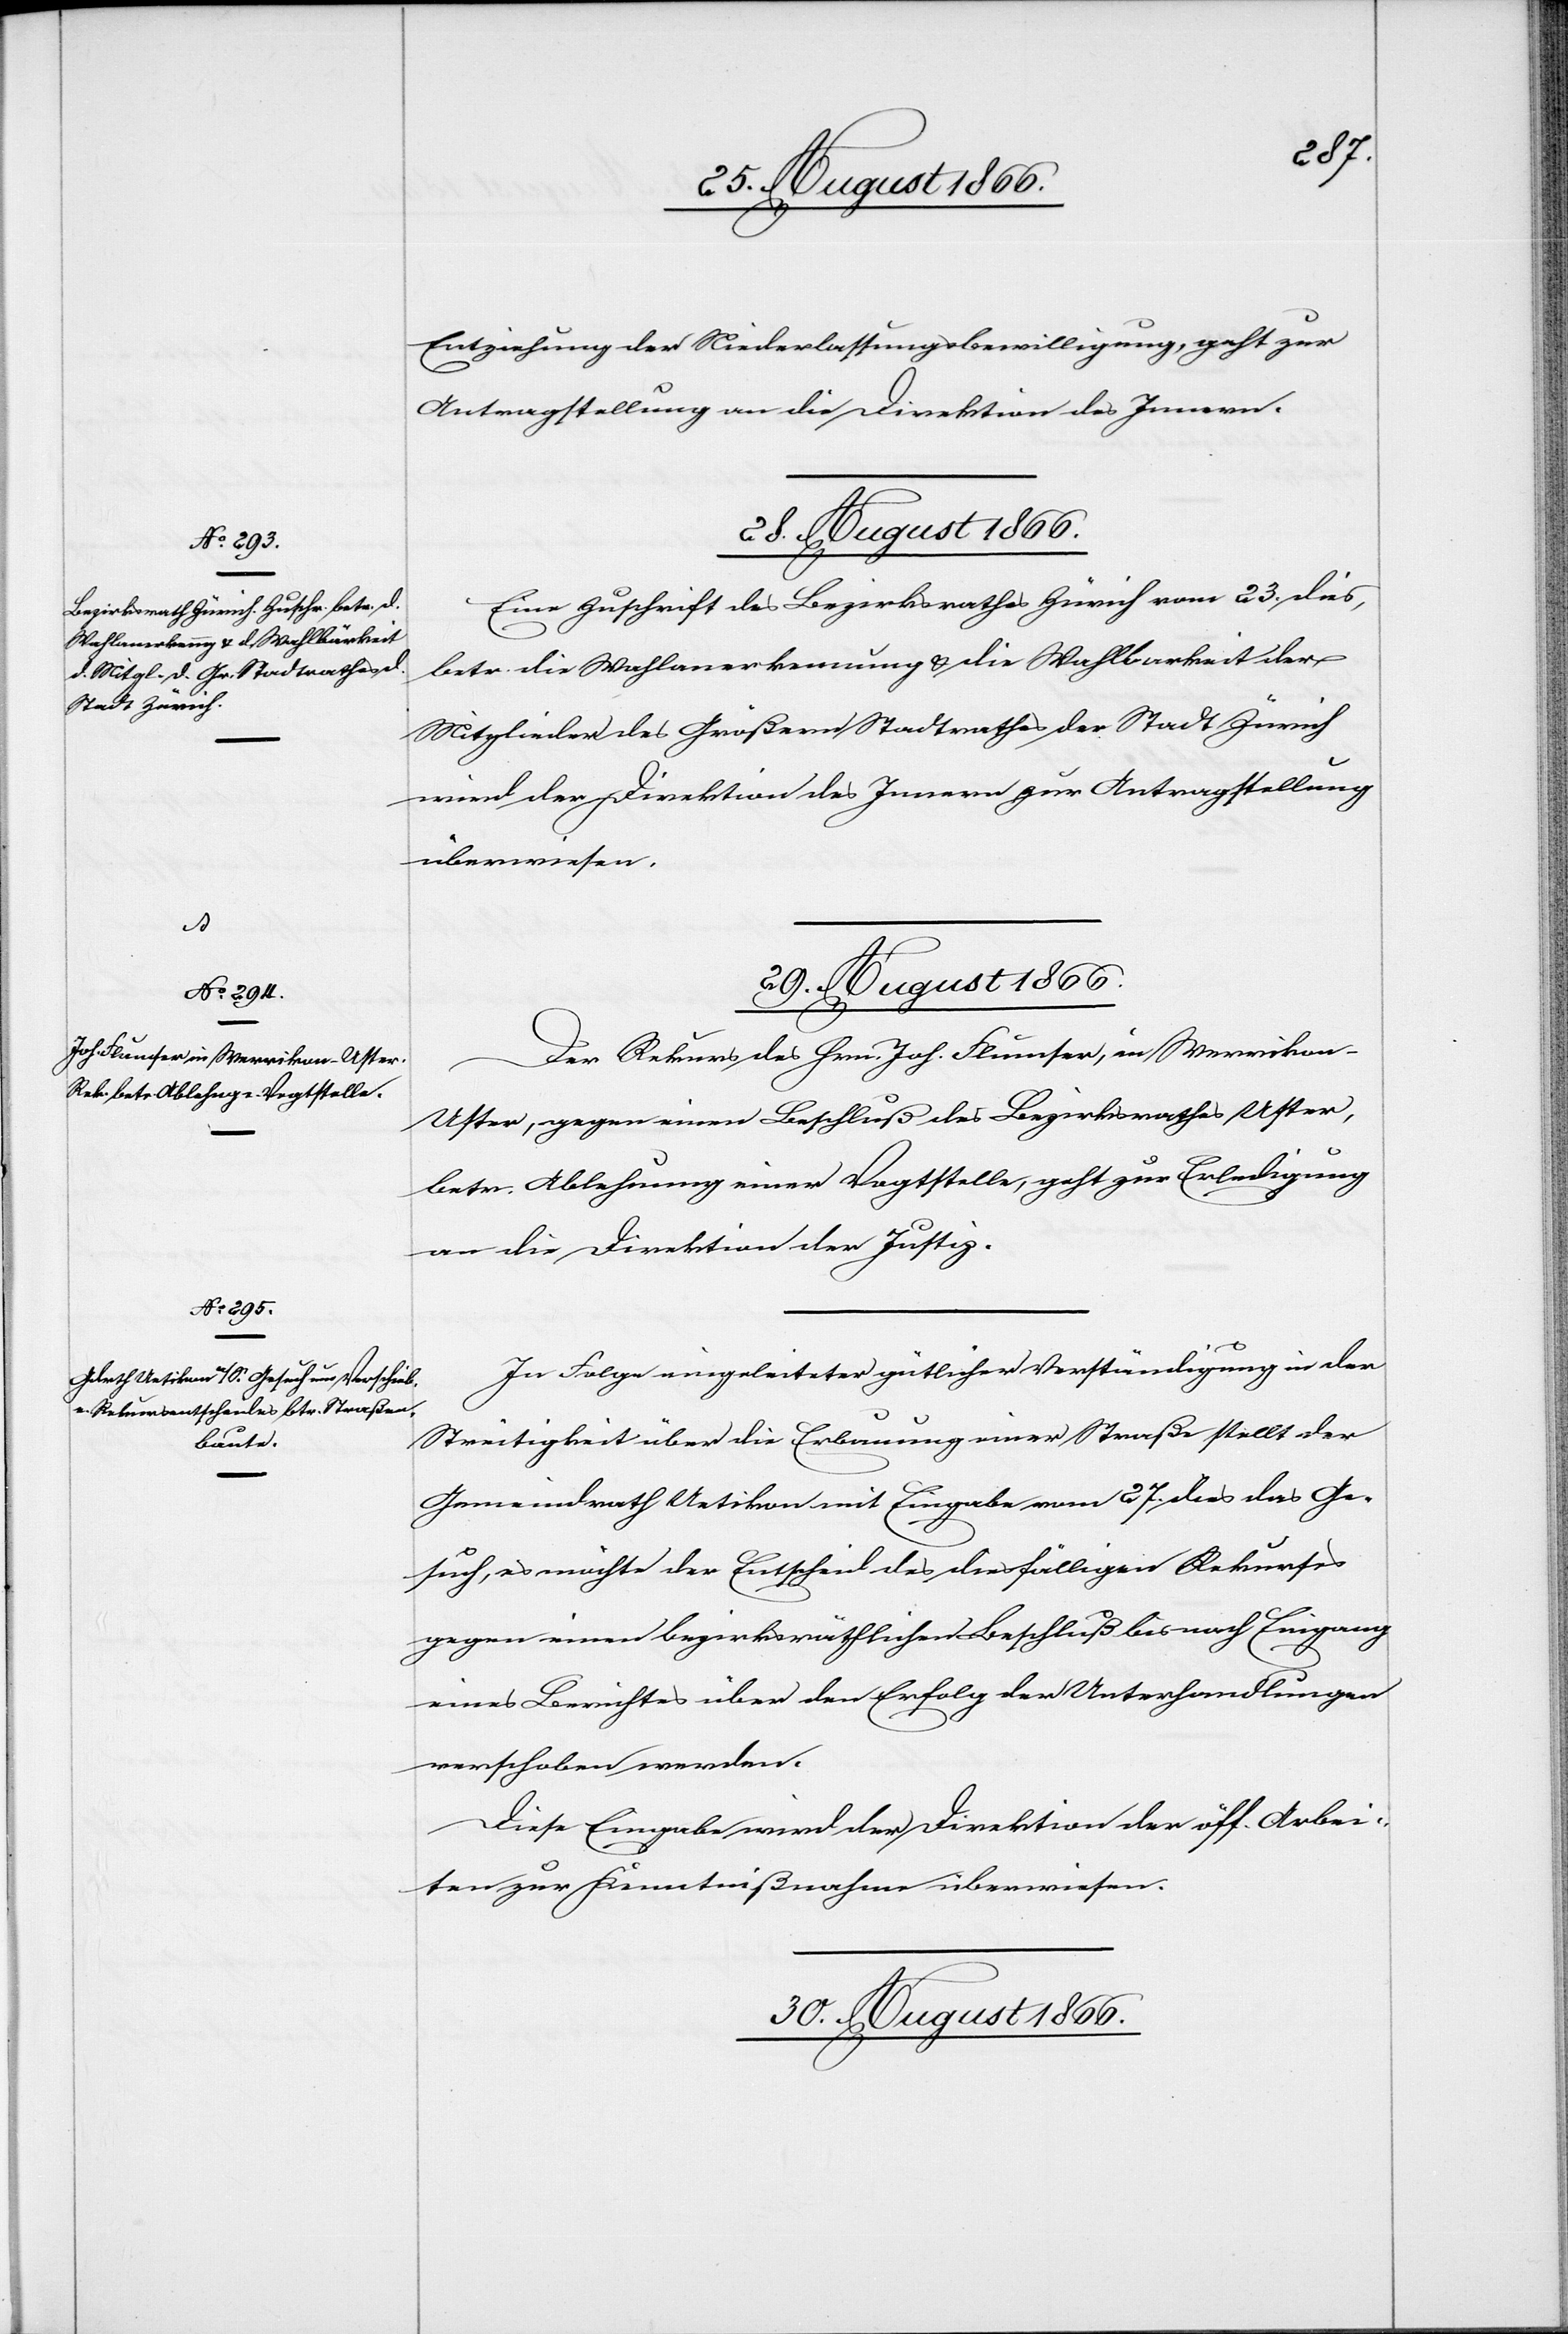
Entziehung der Niederlassungsbewilligung, geht zur
Antragstellung an die Direktion des Innern.
29. August 1866.]
Eine Zuschrift des Bezirksrathes Zürich vom 23. dies
betr. die Wahlanerkennung u. die Wahlbarkeit der
Mitglieder des Größern Stadtrathes der Stadt Zürich
wird der Direktion des Innern zur Antragstellung
überwiesen.
Der Rekurs des Hrn. Joh. Flunser, in Werrikon-U¬
ster, gegen einen Beschluß des Bezirksrathes Uster,
betr. Ablehnung einer Vogtstelle, geht zur Erledigung
an die Direktion der Justiz.
In Folge eingeleiteter gütlicher Verständigung in der
Streitigkeit über die Erbauung einer Straße stellt der
Gemeindrath Uetikon mit Eingabe vom 27. dies das Ge¬
such, es möchte der Entscheid des diesfälligen Rekurses
gegen einen bezirksräthlichen Beschluß bis nach Eingang
eines Berichtes über den Erfolg der Unterhandlungen
verschoben werden.
Diese Eingabe wird der Direktion der öff. Arbei¬
ten zur Kenntnißnahme überwiesen.
30. August 1866.